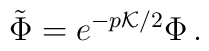
\tilde{\Phi} = e^{-p {\cal K}/2} \Phi  \,   .